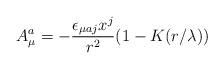
LaTeX: \begin{align*}A_\mu^a = -{\epsilon_{\mu a j}x^j \over r^2}(1-K(r/\lambda))\end{align*}